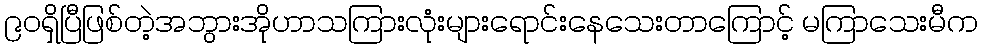
၉၀ရှိပြီဖြစ်တဲ့အဘွားအိုဟာသကြားလုံးများရောင်းနေသေးတာကြောင့် မကြာသေးမီက